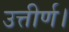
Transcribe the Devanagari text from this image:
उत्तीर्ण।